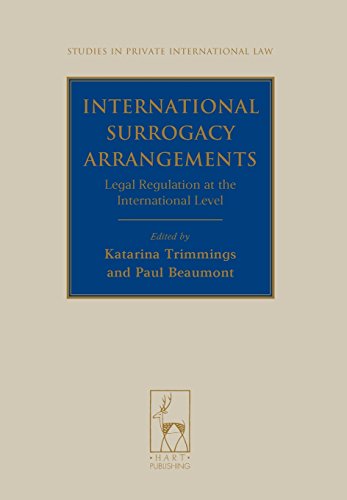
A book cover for International Surrogacy Arrangements: Legal Regulation at the International Level (Studies in Private International Law); Law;